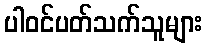
ပါဝင်ပတ်သက်သူများ